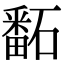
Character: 𥕿